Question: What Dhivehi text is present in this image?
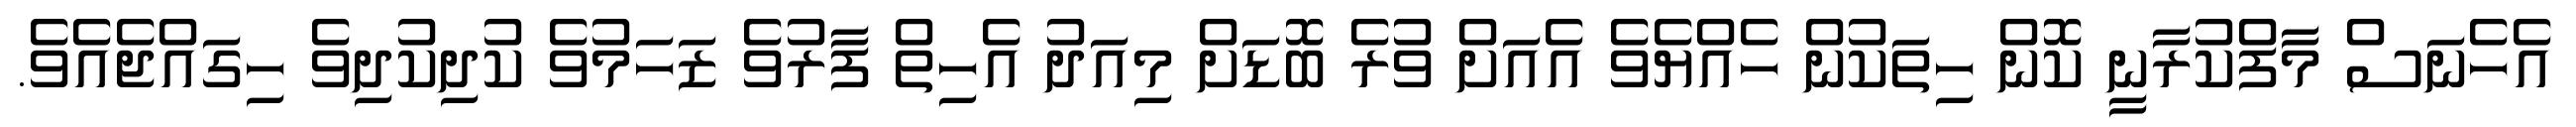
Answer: އެހެނަސް މާފްކުރާނީ ކޮން ހިތަކުން ހެއްޔެވެ އެއަށް ވުރެ ބޮޑަށް މިއަދު އެހިތް ފާރުވެ ޒަހަމުވެ ކުދިކުދިވެ ހިގައްޖެއެވެ.